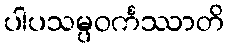
ပါပသမ္ပဝင်္ကဿာတိ